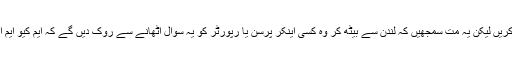
وہ حکومت چھوڑے بغیر سو دفعہ حکومت کے خلاف لانگ مارچ کریں لیکن یہ مت سمجھیں کہ لندن سے بیٹھ کر وہ کسی اینکر پرسن یا رپورٹر کو یہ سوال اٹھانے سے روک دیں گے کہ ایم کیو ایم انقلاب کے راستے پر روانگی سے قبل وزارتیں کیوں نہیں چھوڑتی؟